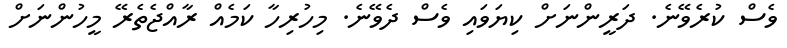
ވެސް ކުރެވޭނެ. ދަރީންނަށް ކިޔަވައި ވެސް ދެވޭނެ. މިހުރިހާ ކަމެއް ރާއްޖެތެރޭ މީހުންނަށް